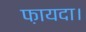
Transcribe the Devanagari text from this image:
फ़ायदा।